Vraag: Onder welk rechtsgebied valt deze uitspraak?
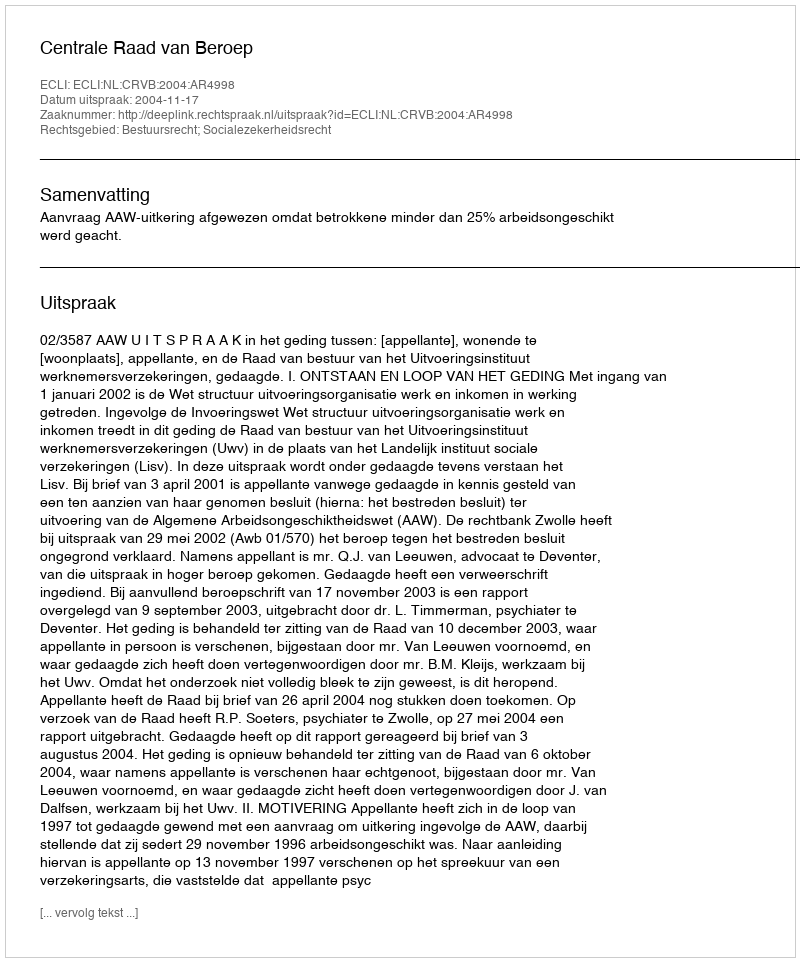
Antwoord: Bestuursrecht; Socialezekerheidsrecht